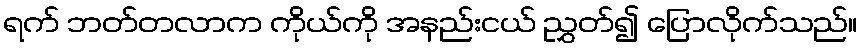
ရက် ဘတ်တလာက ကိုယ်ကို အနည်းငယ် ညွှတ်၍ ပြောလိုက်သည်။